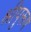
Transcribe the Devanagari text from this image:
श्रीपुरूष